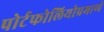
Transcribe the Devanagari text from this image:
पोर्टफोलियोप्रमाणे